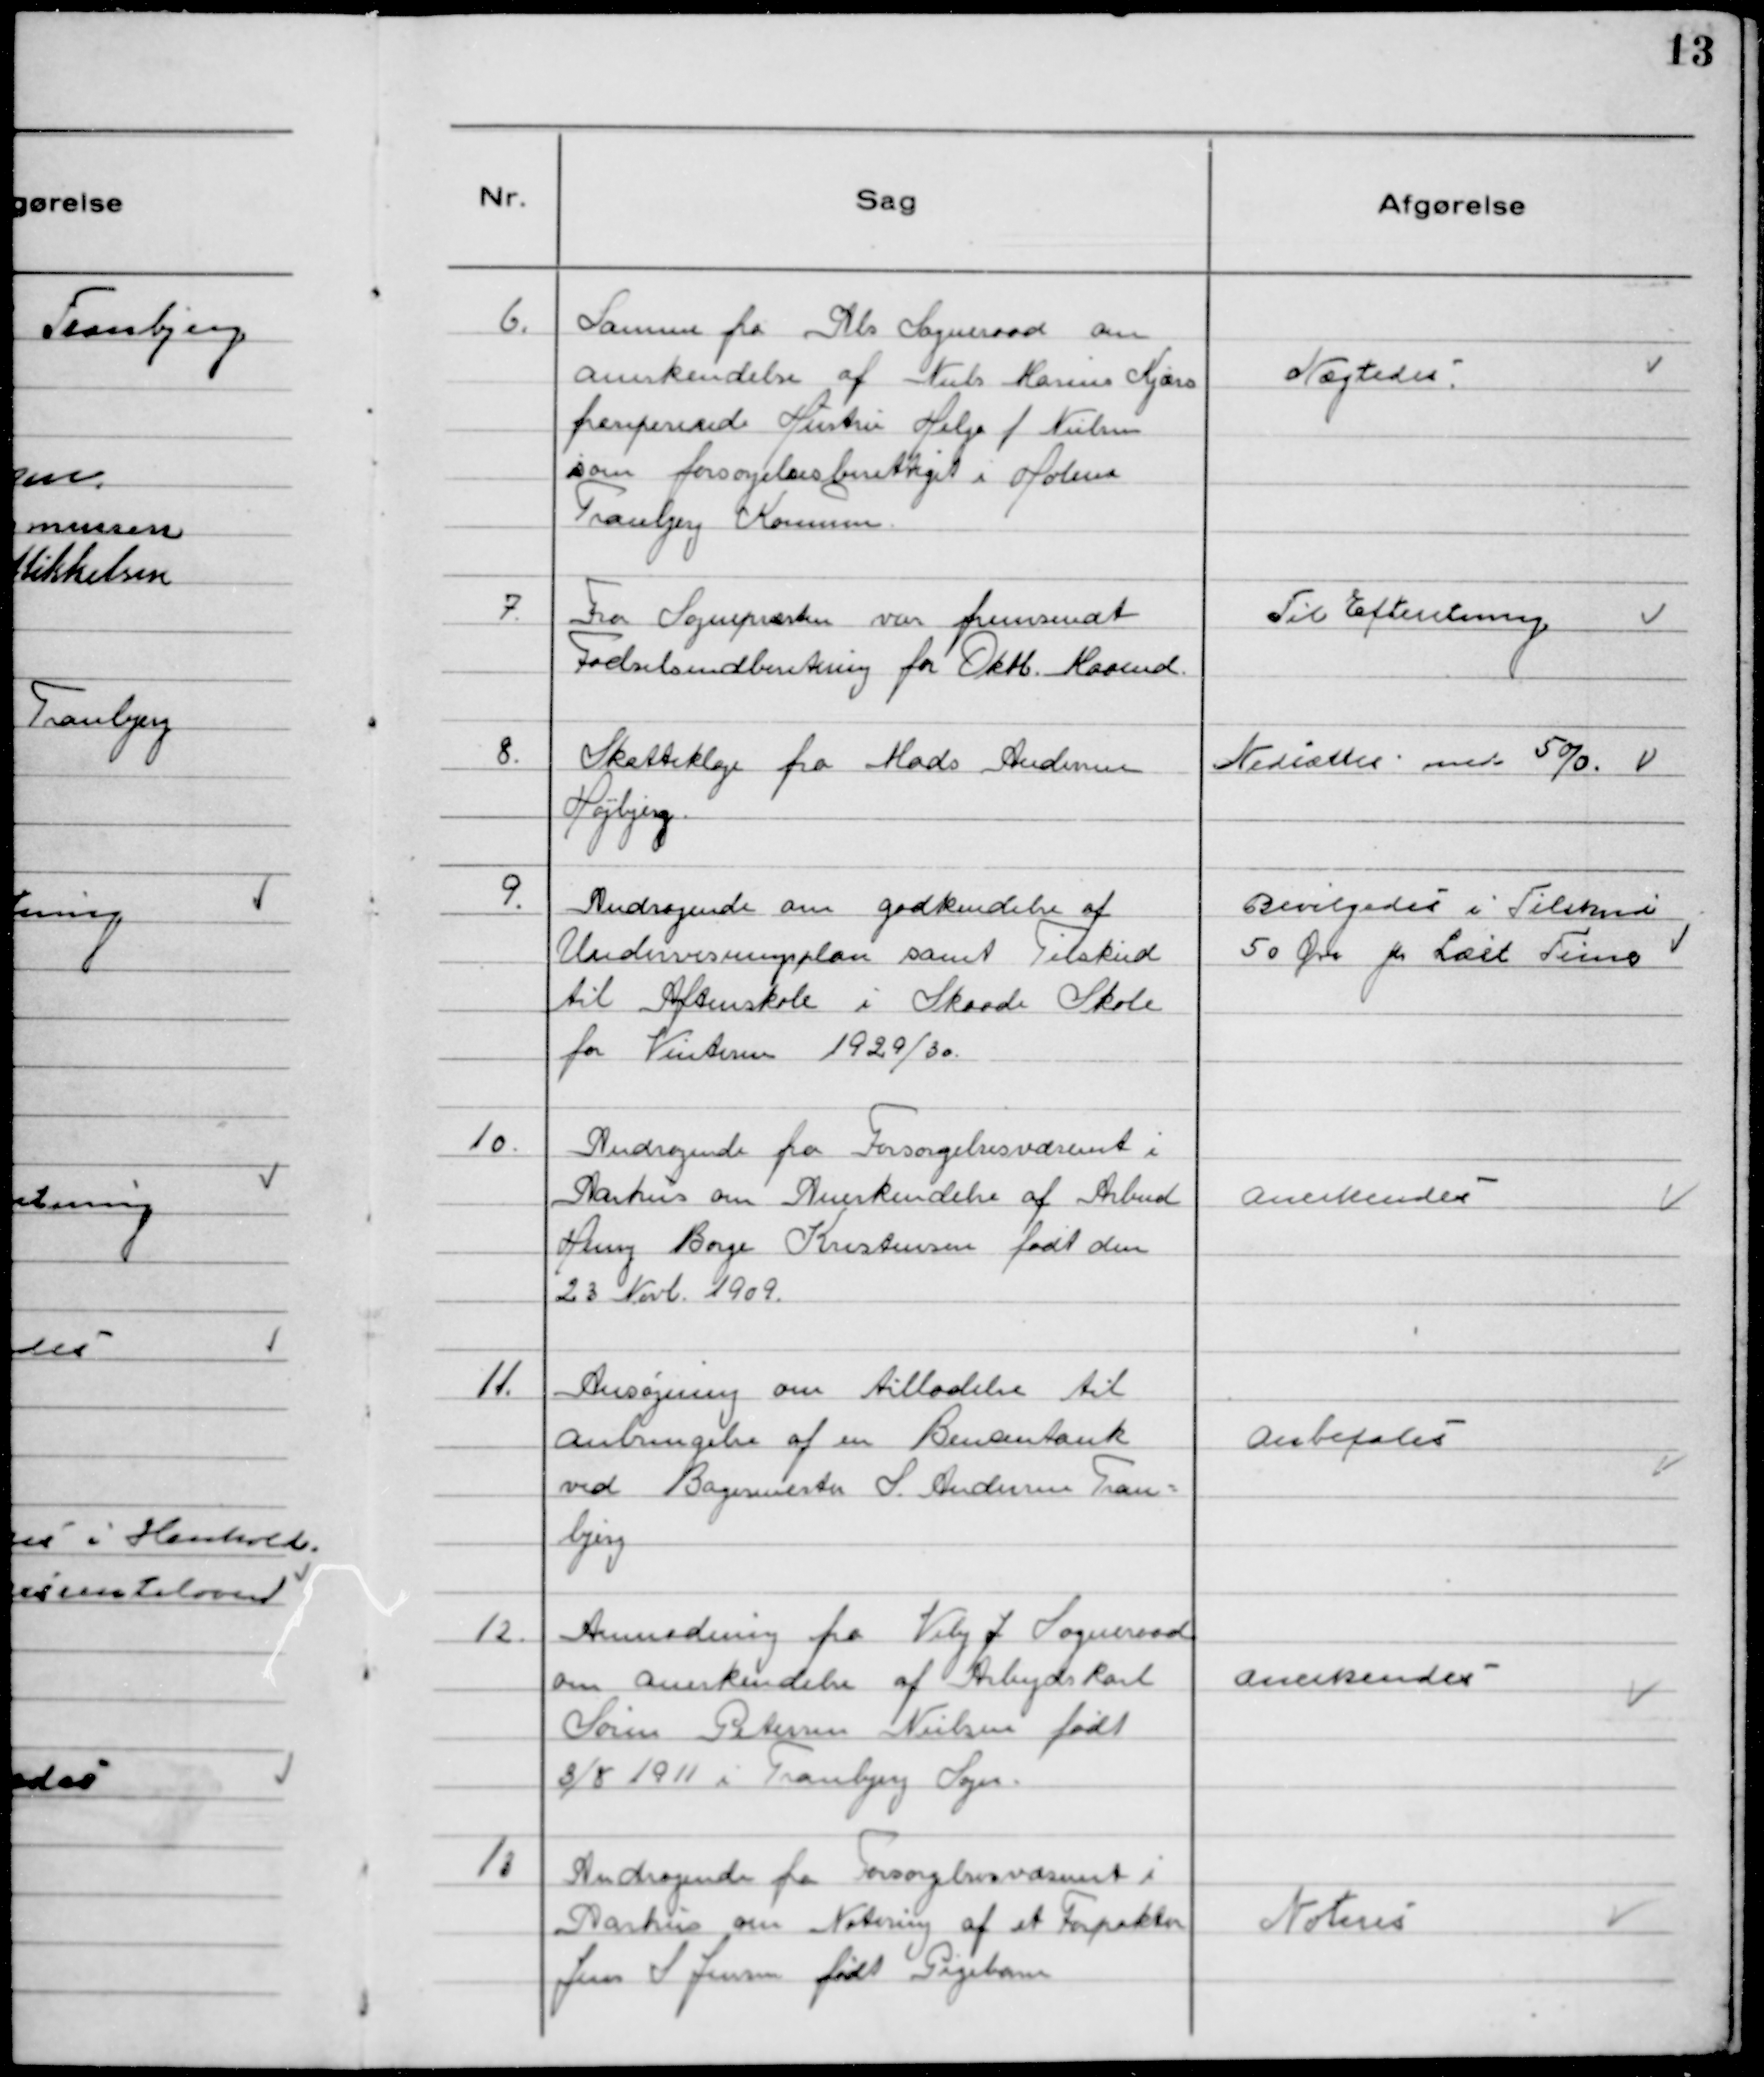
Transskription:
6. Samme fra Als Sogneraad om
anerkendelse af Niels Marius Kjærs
fraseperede Hustru Helga f. Nielsen
som forsorgelsesberettiget i Holme
Tranbjerg Kommune.

Nægtedes.

7. Fra Sognepræsten var fremsendt
Fodselsindberetning for Oktb. Maaned.

Til Efterretning

8. Skatteklage fra Mads Andersen
Højbjerg.

Nedsættes med 50/0.

9. Andragende om godkendelse af
Undervisningsplan samt Tilskud
til Aftenskole i Skaade Skole
for Vinteren 1929/30.

Bevilgedes i Tilskud
50 Øre pr Læst Time

10. Andragende fra Forsorgelsesvæsenet i
Aarhus om Anerkendelse af Arbmd
Henry Borge Kristensen født den
23 Novb. 1909.

Anerkendes-

11. Ansøgning om tilladelse til
Anbringelse af en Benzintank
ved Bagermester S. Andersen Tran-
bjerg

Anbefales-

12. Anmodning fra Viby J Sogneraad
om anerkendelse af Arbejdskarl
Søren Petersen Nielsen født
8/8 1911 i Tranbjerg Sogn.

Anerkendes -

13 Andragende fra Forsorgelsesvæsenet i
Aarhus om Notering af et Forpakter
Jens S Jensen født Pigebarn

Noteres-